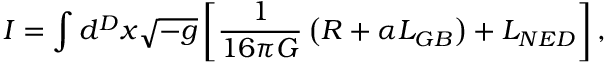
I = \int d ^ { D } x \sqrt { - g } \left[ \frac { 1 } { 1 6 \pi G } \left( R + \alpha { \cal L } _ { G B } \right) + { \cal L } _ { N E D } \right] ,